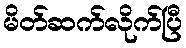
မိတ်ဆက်လိုက်ပြီ